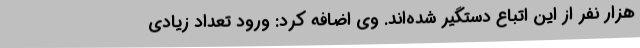
هزار نفر از این اتباع دستگیر شده‌اند. وی اضافه کرد: ورود تعداد زیادی